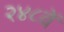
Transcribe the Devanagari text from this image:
२४८वें